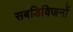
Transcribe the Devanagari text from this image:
सबडिविजनों